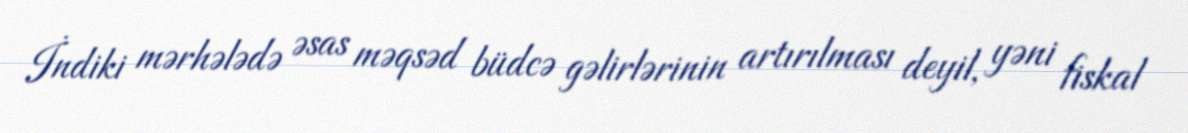
İndiki mərhələdə əsas məqsəd büdcə gəlirlərinin artırılması deyil, yəni fiskal